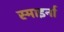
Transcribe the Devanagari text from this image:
स्माइर्ना